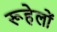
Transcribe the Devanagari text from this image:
रूहेलों